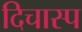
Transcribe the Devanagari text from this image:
दिचास्प